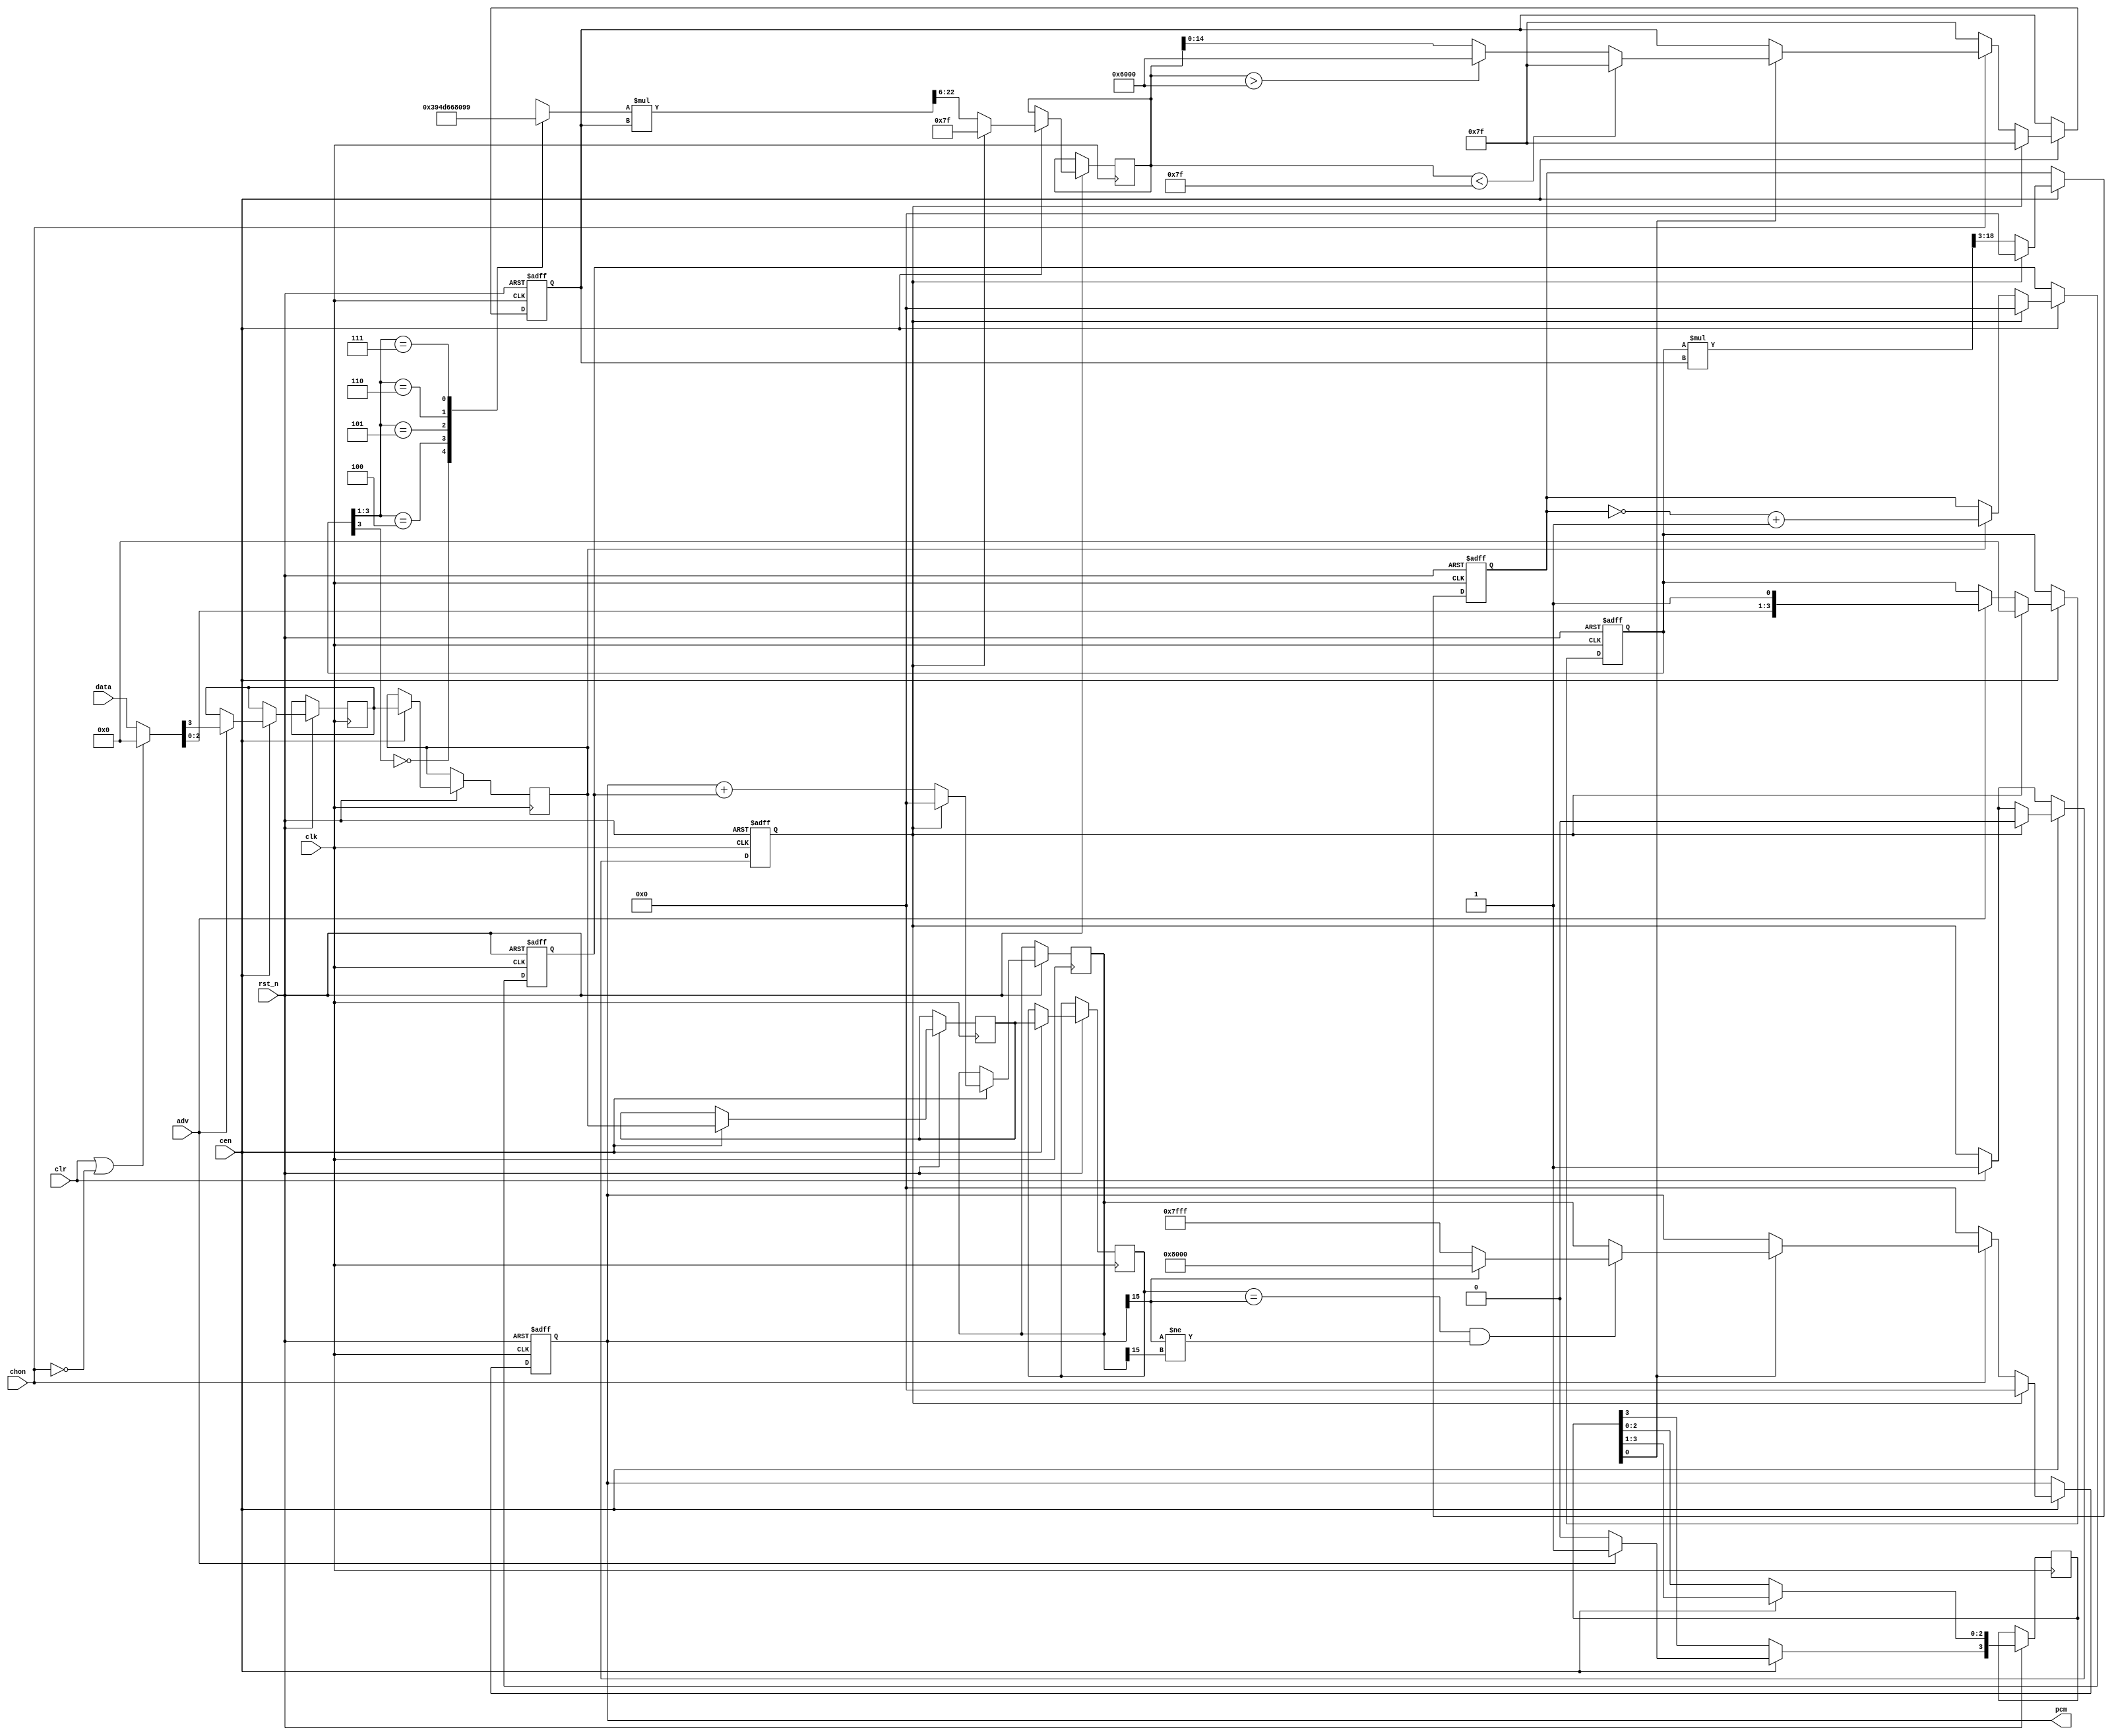
module jt10_adpcmb(
    input           rst_n,
    input           clk,        
    input           cen,        
    input   [3:0]   data,
    input           chon,       
    input           adv,
    input           clr,
    output signed [15:0] pcm
);
localparam stepw = 15, xw=16;
reg signed [xw-1:0] x1, next_x5;
reg [stepw-1:0] step1;
reg [stepw+1:0] next_step3;
assign pcm = x1[xw-1:xw-16];
wire [xw-1:0] limpos = {1'b0, {xw-1{1'b1}}};
wire [xw-1:0] limneg = {1'b1, {xw-1{1'b0}}};
reg  [18:0] d2l;
reg  [xw-1:0] d3,d4;
reg  [3:0]  d2;
reg  [7:0]  step_val;
reg  [22:0] step2l;
always @(*) begin
    casez( d2[3:1] )
        3'b0_??: step_val = 8'd57;
        3'b1_00: step_val = 8'd77;
        3'b1_01: step_val = 8'd102;
        3'b1_10: step_val = 8'd128;
        3'b1_11: step_val = 8'd153;
    endcase
    d2l    = d2 * step1; 
    step2l = step_val * step1; 
end
reg [3:0] data2;
reg sign_data2, sign_data3, sign_data4, sign_data5;
reg [3:0] adv2;
reg need_clr;
wire [3:0] data_use = clr || ~chon ? 4'd0 : data;
always @( posedge clk or negedge rst_n )
    if( ! rst_n ) begin
        x1 <= 'd0; step1 <= 'd127;
        d2 <= 'd0; d3 <= 'd0; d4 <= 'd0;
		  need_clr <= 0;
    end else begin
    if( clr )
		  need_clr <= 1'd1;
	 if(cen) begin
        adv2 <= {1'b0,adv2[3:1]};
		  if( adv ) begin
            d2        <= {data_use[2:0],1'b1};
            sign_data2 <= data_use[3];
            adv2[3] <= 1'b1;
        end
        d3        <= { {xw-16{1'b0}}, d2l[18:3] }; 
        next_step3<= step2l[22:6];
		  sign_data3<=sign_data2;
        d4        <= sign_data3 ? ~d3+1'd1 : d3;
		  sign_data4<=sign_data3;
        next_x5   <= x1+d4;
		  sign_data5<=sign_data4;
        if( chon ) begin 
            if( adv2[0] ) begin
                    if( sign_data5 == x1[xw-1] && (x1[xw-1]!=next_x5[xw-1]) )
                        x1 <= x1[xw-1] ? limneg : limpos;
                    else
                        x1 <= next_x5;
                    if( next_step3 < 127 )
                        step1  <= 15'd127;
                    else if( next_step3 > 24576 )
                        step1  <= 15'd24576;
                    else
                        step1 <= next_step3[14:0];
                end
        end else begin
            x1      <= 'd0;
            step1   <= 'd127;
        end
		  if( need_clr ) begin
            x1      <= 'd0;
            step1   <= 'd127;
            next_step3   <= 'd127;
				d2 <= 'd0; d3 <= 'd0; d4 <= 'd0;
				next_x5 <= 'd0;
				need_clr <= 1'd0;
        end
    end
	 end
endmodule